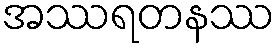
အဿရတနဿ